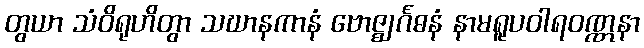
တွယာ သံဝိရုဟိတွာ သဃာနကာနံ ဗောဇ္ဈင်္ဂဓနံ နာမရူပဝါရဝဏ္ဏနာ